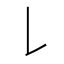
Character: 𠄌